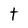
Character: t